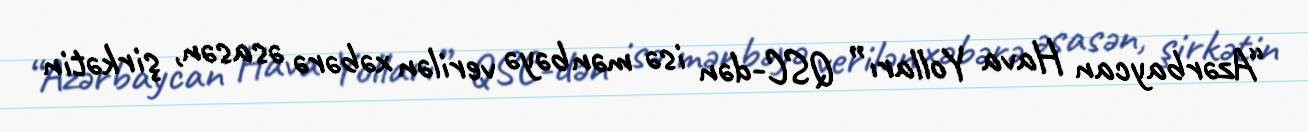
“Azərbaycan Hava Yolları” QSC-dən isə mənbəyə verilən xəbərə əsasən, şirkətin